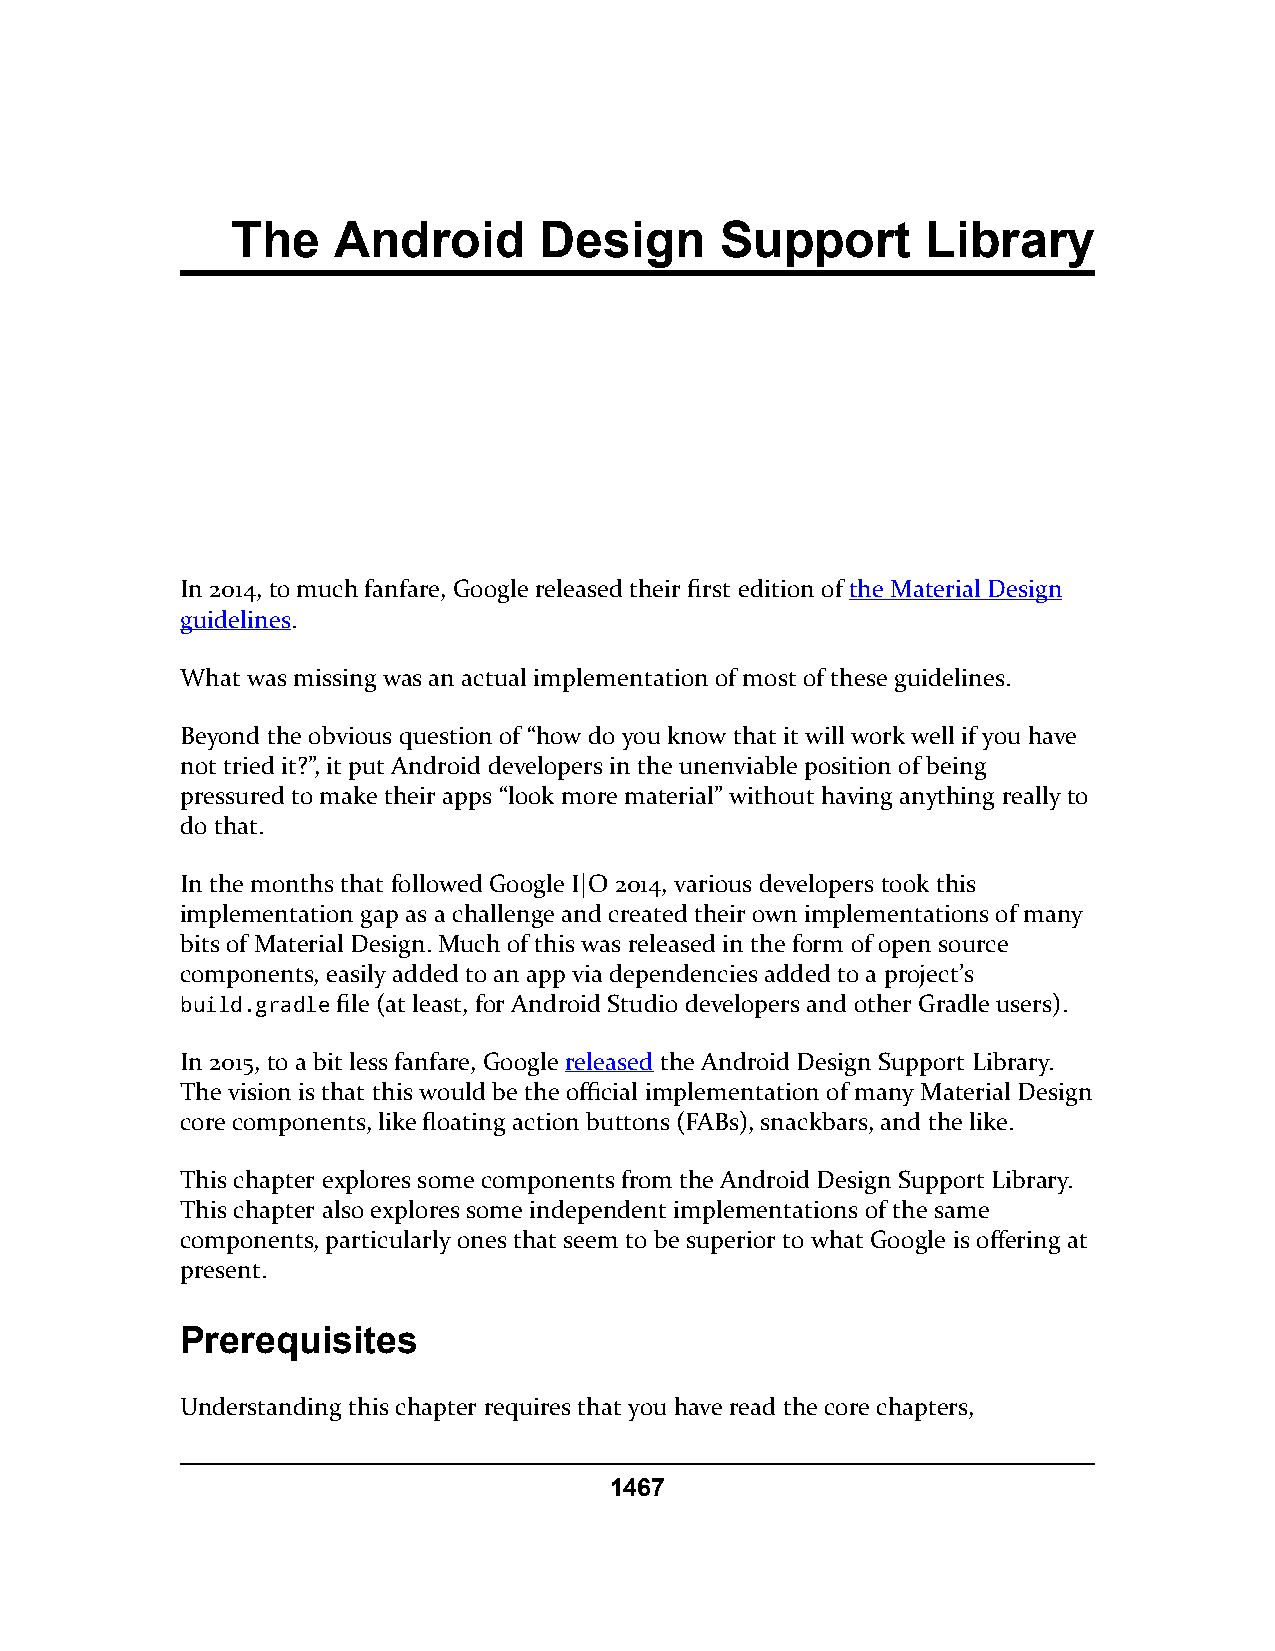
The    Android       Design      Support      Library
 In 2014, to much fanfare, Google released their first edition of the Material Design
 guidelines.
 What was missing was an actual implementation of most of these guidelines.
 Beyond the obvious question of “how do you know that it will work well if you have
 not tried it?”, it put Android developers in the unenviable position of being
 pressured to make their apps “look more material” without having anything really to
 do that.
 In the months that followed Google I|O 2014, various developers took this
 implementation gap as a challenge and created their own implementations of many
 bits of Material Design. Much of this was released in the form of open source
 components, easily added to an app via dependencies added to a project’s
 build.gradle file (at least, for Android Studio developers and other Gradle users).
 In 2015, to a bit less fanfare, Google released the Android Design Support Library.
 The vision is that this would be the official implementation of many Material Design
 core components, like floating action buttons (FABs), snackbars, and the like.
 This chapter explores some components from the Android Design Support Library.
 This chapter also explores some independent implementations of the same
 components, particularly ones that seem to be superior to what Google is offering at
 present.
 Prerequisites
 Understanding this chapter requires that you have read the core chapters,
 1467